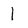
Character: l